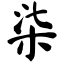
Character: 柒